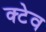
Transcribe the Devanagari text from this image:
क्टेव